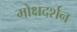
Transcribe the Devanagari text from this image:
मोक्षदर्शन